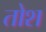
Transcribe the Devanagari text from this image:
तोश